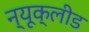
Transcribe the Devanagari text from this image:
न्यूक्लीड